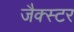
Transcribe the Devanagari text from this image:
जैक्स्टर